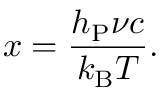
x = \frac { h _ { \mathrm { P } } \nu c } { k _ { \mathrm { B } } T } .